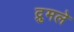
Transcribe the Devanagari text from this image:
द्रुमले